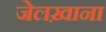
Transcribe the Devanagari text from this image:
जेलख़ाना